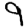
Digit: 9